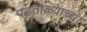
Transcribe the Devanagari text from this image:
पडताळ्याच्या